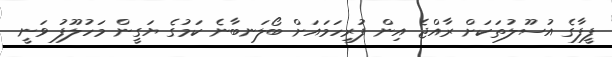
ފީފާގެ އުސޫލުތަކަށް ރާއްޖެ އިން ފުރިހަމައަށް ބޯލަނބާނެ ކަމުގެ ޔަގީން މަހުލޫފު ވަނީ